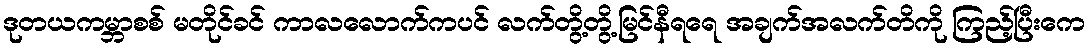
ဒုတယကမ္ဘာစစ် မတိုင်ခင် ကာလလောက်ကပင် လက်တွိ့တွိ့မြင်နီရရေ အချက်အလက်တိကို ကြည့်ပြီးကေ